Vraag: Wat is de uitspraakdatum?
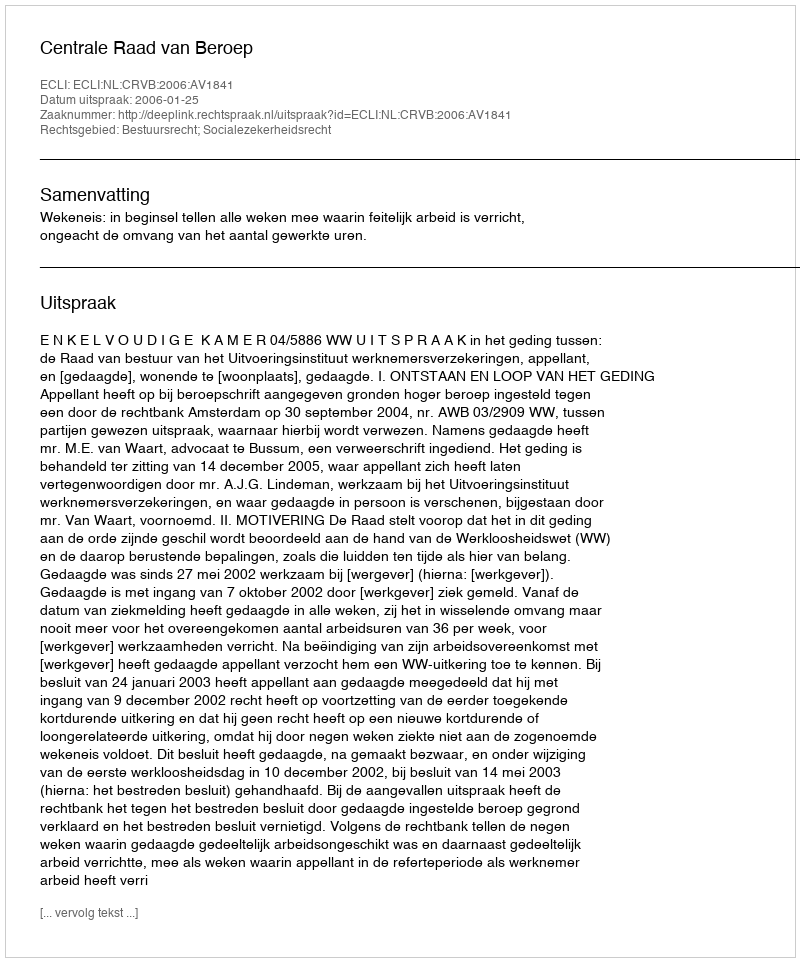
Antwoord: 2006-01-25